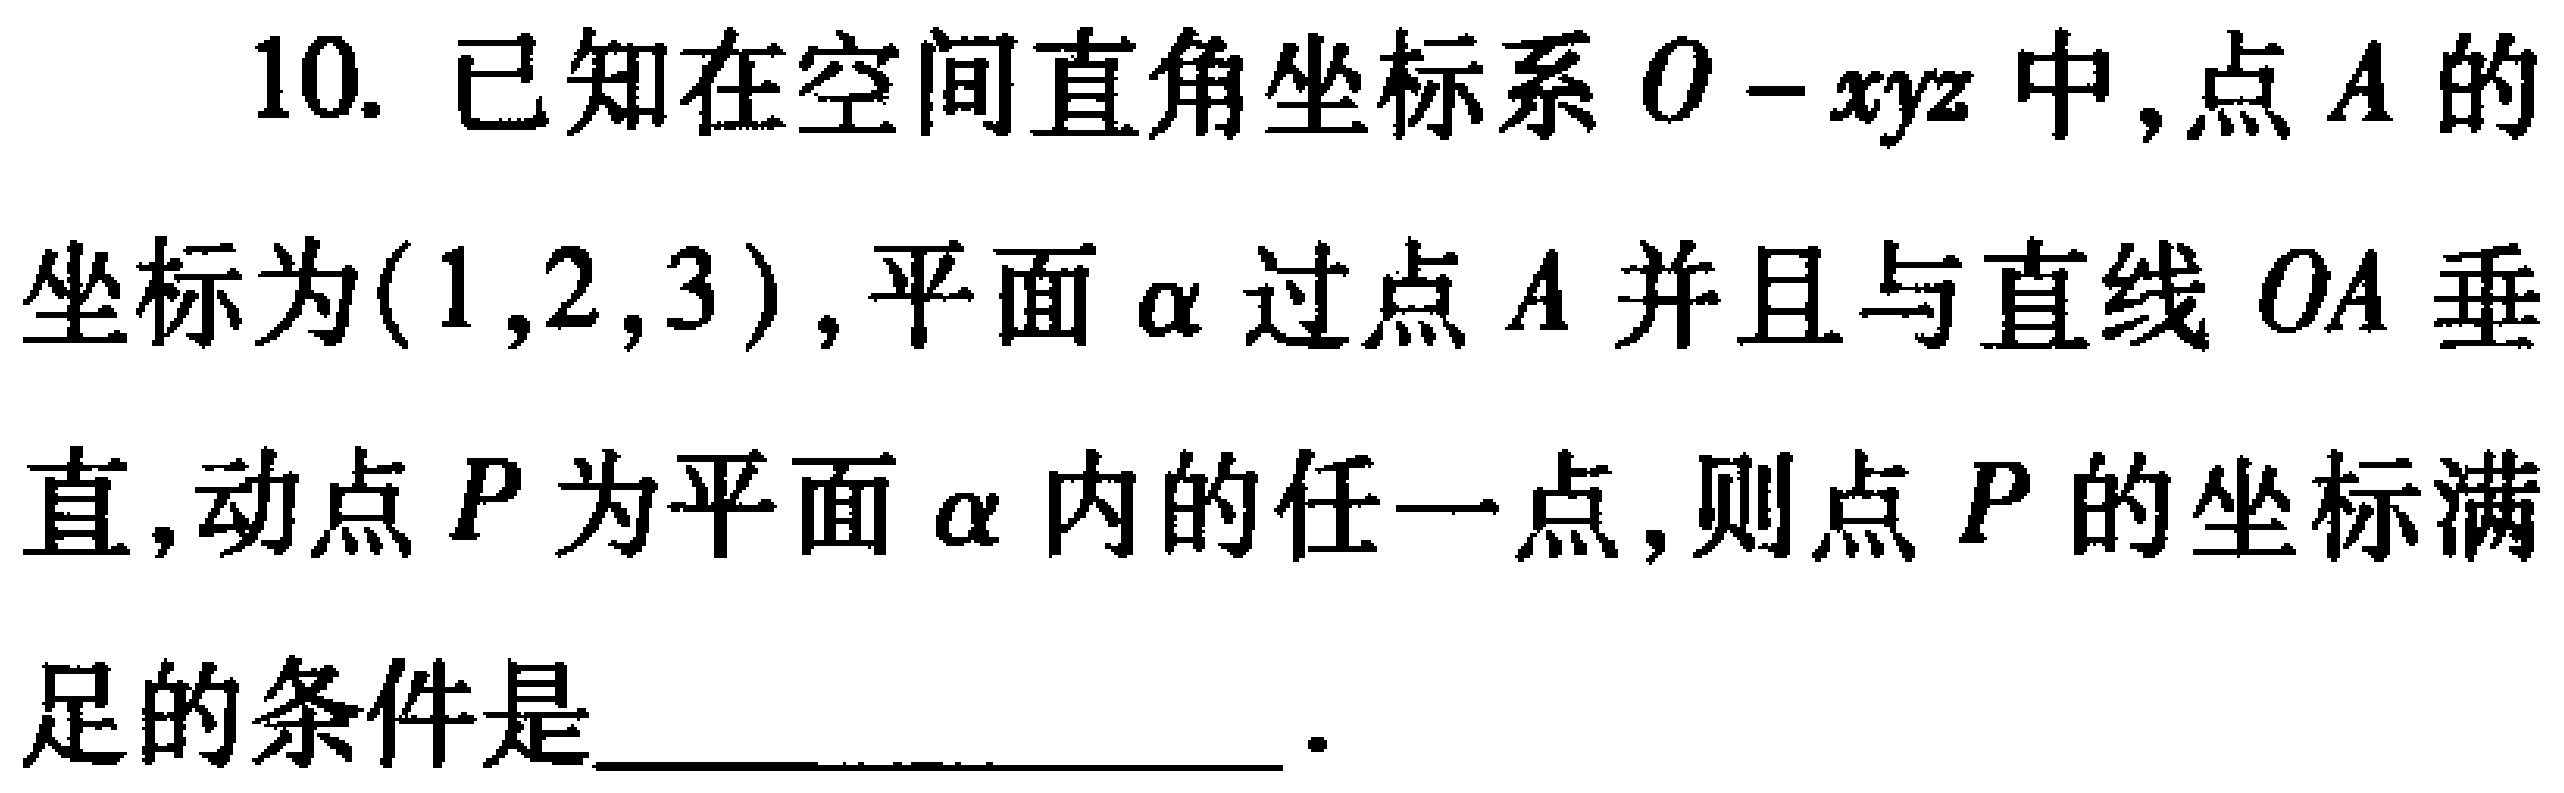
10. 已知在空间直角坐标系\(O - xyz\)中,点\(A\)的坐标为\((1,2,3)\),平面\(\alpha\)过点\(A\)并且与直线 \(OA\) 垂直,动点\(P\)为平面\(\alpha\)内的任一点,则点\(P\)的坐标满足的条件是________________.